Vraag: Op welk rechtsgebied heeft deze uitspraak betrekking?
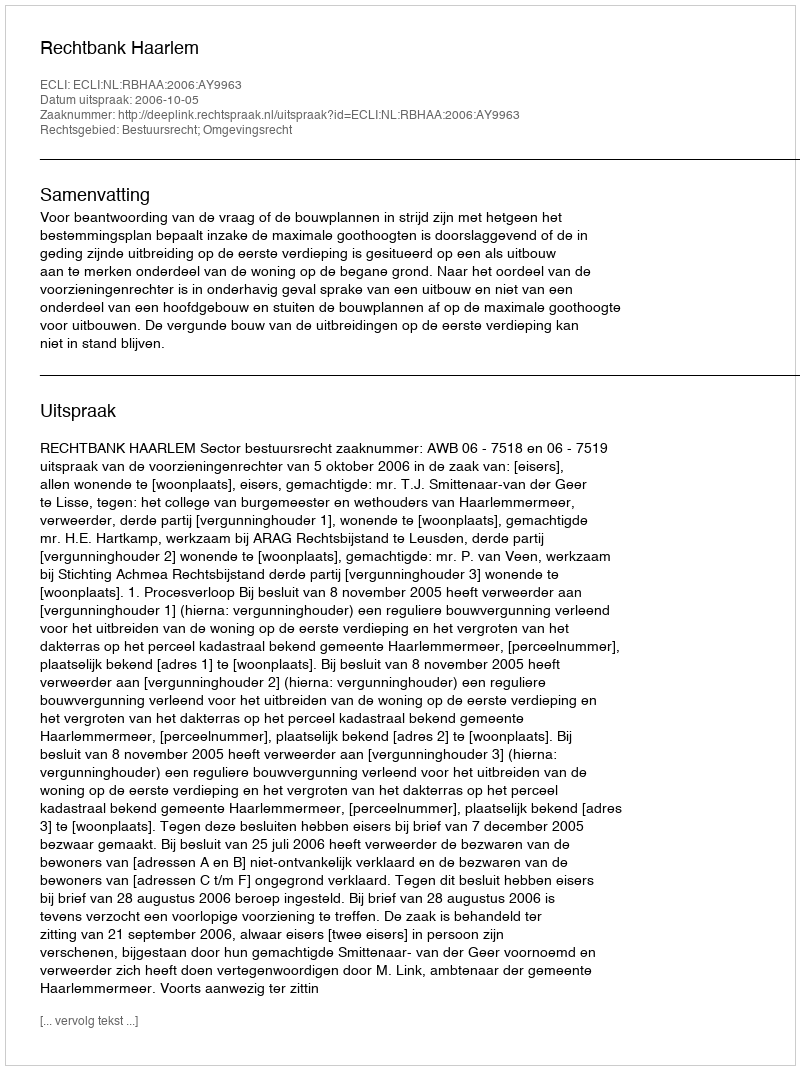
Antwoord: Bestuursrecht; Omgevingsrecht